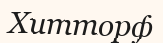
Хитторф